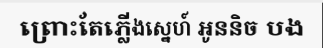
ព្រោះតែភ្លើងស្នេហ៍ អូននិច បង